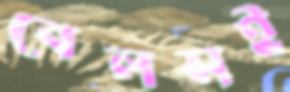
বেলসই